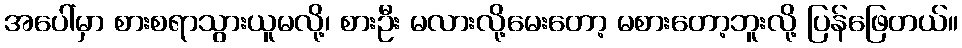
အပေါ်မှာ စားစရာသွားယူမလို့၊ စားဦး မလားလို့မေးတော့ မစားတော့ဘူးလို့ ပြန်ဖြေတယ်။